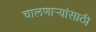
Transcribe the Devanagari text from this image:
चालणार्‍यांसाठी